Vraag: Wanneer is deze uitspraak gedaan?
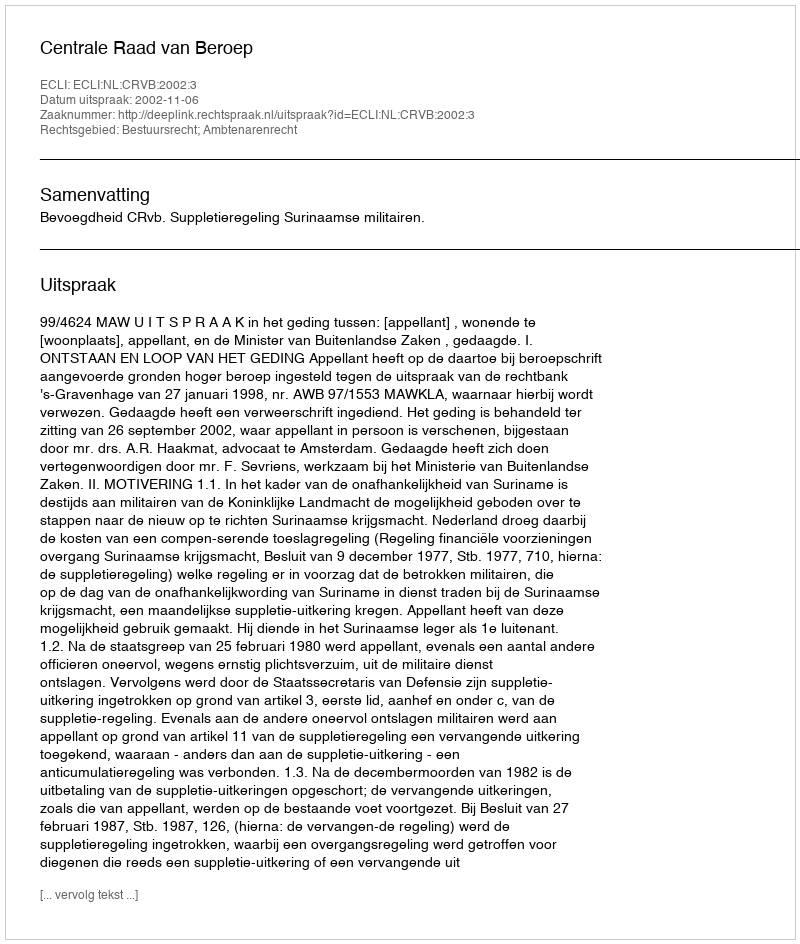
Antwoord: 2002-11-06